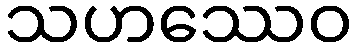
သဟဿေဝ